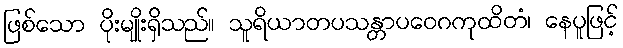
ဖြစ်သော ပိုးမျိုးရှိသည်။ သူရိယာတပသန္တာပဝေဂကုထိတံ၊ နေပူဖြင့်